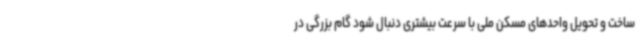
ساخت و تحویل واحدهای مسکن ملی با سرعت بیشتری دنبال شود گام بزرگی در